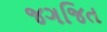
જગજિત